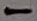
Text: -